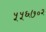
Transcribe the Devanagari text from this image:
५५६७०२